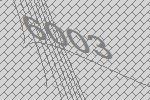
6003